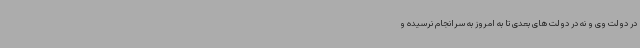
در دولت وی و نه در دولت های بعدی تا به امروز به سرانجام نرسیده و